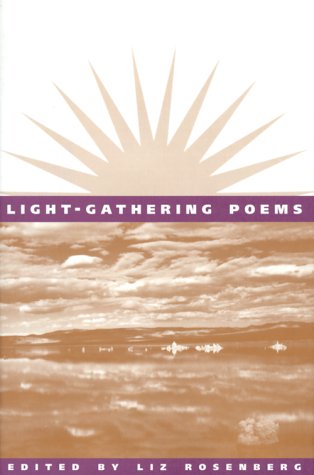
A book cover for Light-Gathering Poems (Edge Books); Liz Rosenberg; Teen & Young Adult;